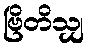
ဗြိတိသျှ